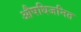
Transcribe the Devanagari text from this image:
औषधिजनित